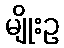
မျိုးဥ